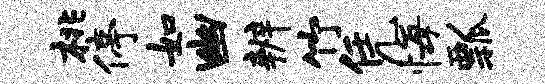
桃停如幽辨竹凭悔瓢